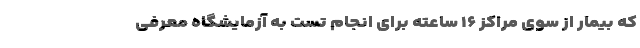
که بیمار از سوی مراکز ۱۶ ساعته ‌برای انجام تست به آزمایشگاه معرفی